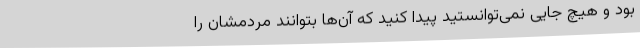
بود و هیچ جایی نمی‌توانستید پیدا کنید که آن‌ها بتوانند مردمشان را